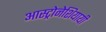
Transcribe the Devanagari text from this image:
आस्ट्रोनेशियायी